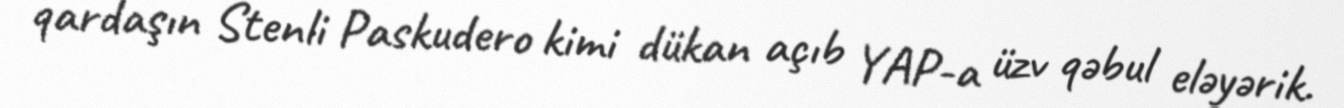
qardaşın Stenli Paskudero kimi dükan açıb YAP-a üzv qəbul eləyərik.